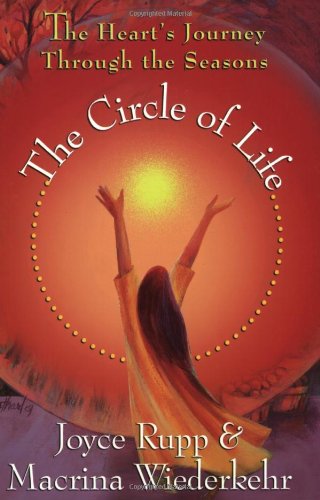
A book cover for The Circle Of Life: The Heart's Journey Through The Seasons; Joyce Rupp; Religion & Spirituality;